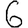
Digit: 6